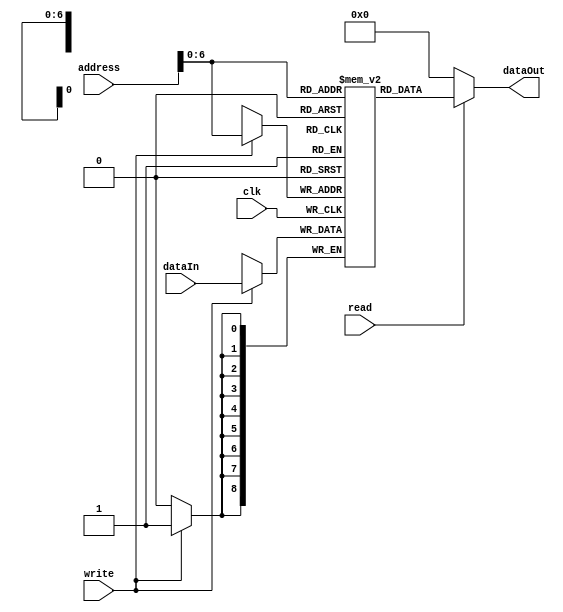
module svmstorage(clk,dataIn,address,read,write,dataOut);
input signed [8:0] dataIn;
output signed[8:0] dataOut;
input clk;
input [7:0]address;
input read;
input write;
reg signed[8:0] memory[0:120];
wire signed[8:0] dataOut;

assign dataOut=read?memory[address]:9'b0;
always@(posedge clk)
	
	begin
	if(write)
		//memory[address]<=dataIn;//zhushe haishi feizhushe
		memory[address]<=dataIn;
	end
endmodule